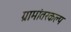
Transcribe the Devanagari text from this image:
ग्रामांतरकल्प